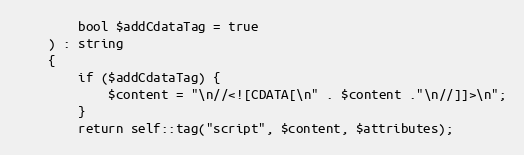
Language: PHP
        bool $addCdataTag = true
    ) : string
    {
        if ($addCdataTag) {
            $content = "\n//<![CDATA[\n" . $content ."\n//]]>\n";
        }
        return self::tag("script", $content, $attributes);